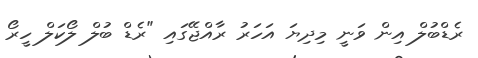
ރެޑްބުލް އިން ވަނީ މިދިޔަ އަހަރު ރާއްޖޭގައި "ރެޑް ބުލް ލޯކަލް ހީރޯ